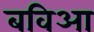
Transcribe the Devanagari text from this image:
बविआ